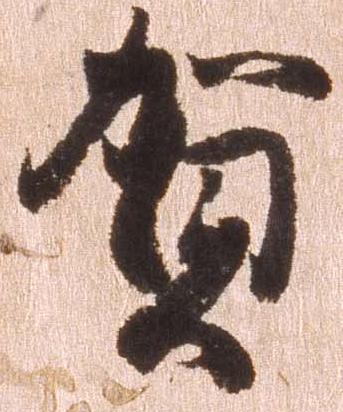
賀